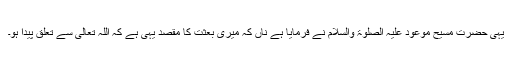
یہی حضرت مسیح موعود علیہ الصلوۃ والسلام نے فرمایا ہے ناں کہ میری بعثت کا مقصد یہی ہے کہ اللہ تعالیٰ سے تعلق پیدا ہو۔